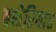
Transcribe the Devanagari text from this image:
बशेरियात